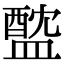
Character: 𥂘